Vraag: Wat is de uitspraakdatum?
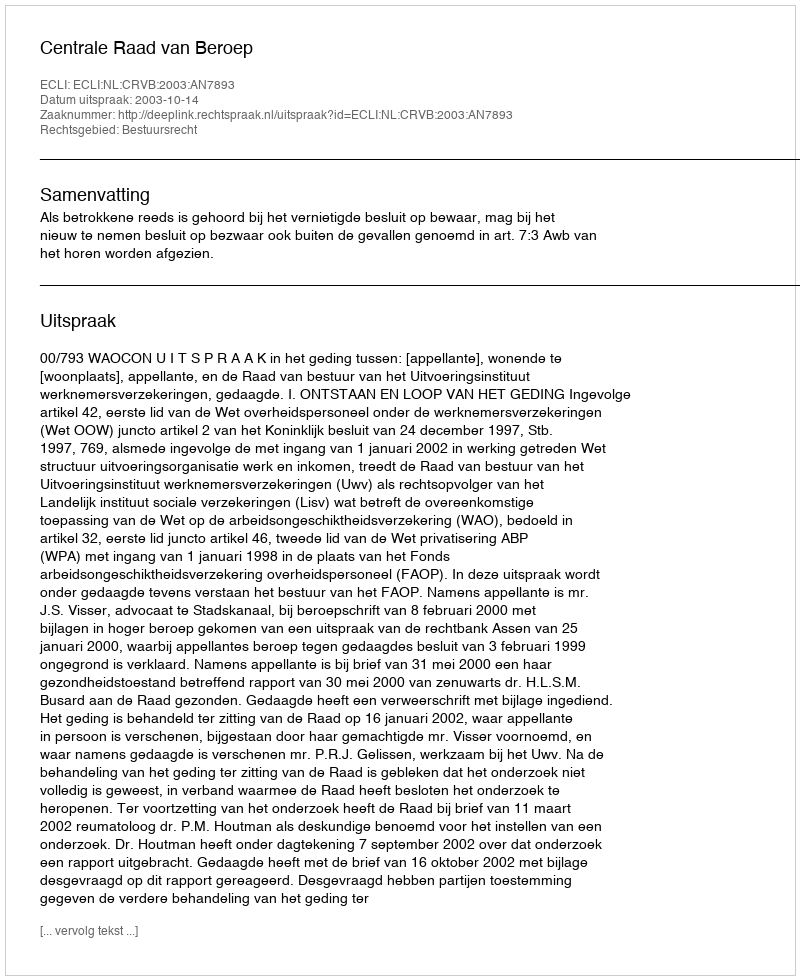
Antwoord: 2003-10-14